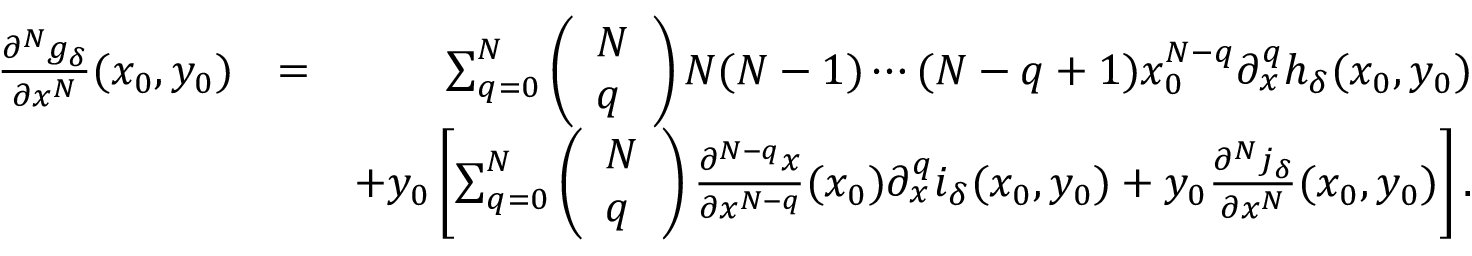
\begin{array} { r l r } { \frac { \partial ^ { N } g _ { \delta } } { \partial x ^ { N } } ( x _ { 0 } , y _ { 0 } ) } & { = } & { \sum _ { q = 0 } ^ { N } \left( \begin{array} { l } { N } \\ { q } \end{array} \right) N ( N - 1 ) \cdots ( N - q + 1 ) x _ { 0 } ^ { N - q } \partial _ { x } ^ { q } h _ { \delta } ( x _ { 0 } , y _ { 0 } ) } \\ & { } & { + y _ { 0 } \left[ \sum _ { q = 0 } ^ { N } \left( \begin{array} { l } { N } \\ { q } \end{array} \right) \frac { \partial ^ { N - q } x } { \partial x ^ { N - q } } ( x _ { 0 } ) \partial _ { x } ^ { q } i _ { \delta } ( x _ { 0 } , y _ { 0 } ) + y _ { 0 } \frac { \partial ^ { N } j _ { \delta } } { \partial x ^ { N } } ( x _ { 0 } , y _ { 0 } ) \right] . } \end{array}